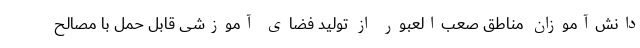
دانش‌آموزان مناطق صعب‌العبور از تولید فضای آموزشی قابل حمل با مصالح